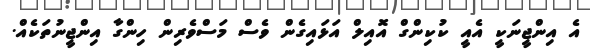
އެ އިންޖީނަކީ އެއީ ކުކިންގް އޮއިލް އަޅަައިގެން ވެސް މަސްވެރިން ހިންގާ އިންޖީނުތަކެއް.